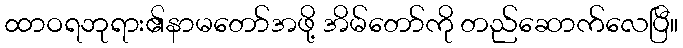
ထာဝရဘုရား၏နာမတော်အဖို့ အိမ်တော်ကို တည်ဆောက်လေပြီ။